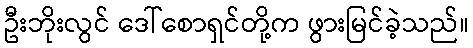
ဦးဘိုးလွင် ဒေါ်စောရှင်တို့က ဖွားမြင်ခဲ့သည်။